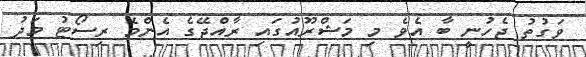
ވަގުތު ޖެހުނީ ބާ އެވެ މި މަޝްރޫއުގައި ރާއްޖޭގެ އެންމެ ރިސޯޓު މަދު